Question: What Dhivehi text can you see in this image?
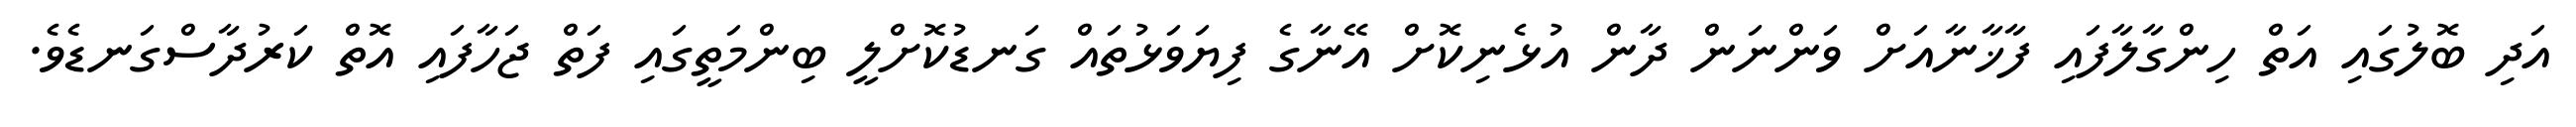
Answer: އަދި ބޮލުގައި އަތް ހިންގާލާފައި ފާޚާނާއަށް ވަންނަން ދާން އުޅެނިކޮށް އޭނާގެ ފިޔަވަޅުތައް ގަނޑުކޮށްލީ ބިންމަތީގައި ފަތް ޖަހާފައި އޮތް ކަރުދާސްގަނޑެވެ.